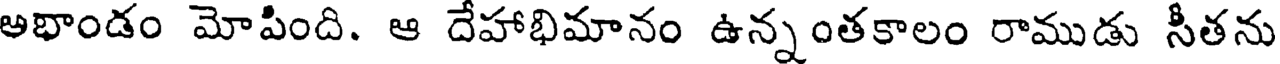
అభాండం మోపింది. ఆ దేహాభిమానం ఉన్నంతకాలం రాముడు సీతను